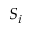
S _ { i }